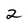
Character: 2